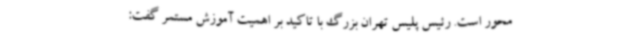
محور است. رئیس پلیس تهران بزرگ با تاکید بر اهمیت آموزش مستمر گفت: